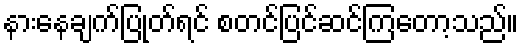
နားနေချက်ပြုတ်ရင် စတင်ပြင်ဆင်ကြတော့သည်။